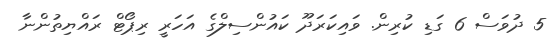
5 ދުވަސް 6 ގަޑި ކުރިން. ވައިކަރަދޫ ކައުންސިލްގެ އަހަރީ ރިޕޯޓް ރައްޔިތުންނާ